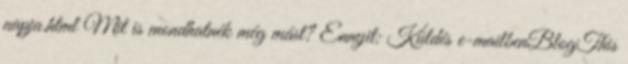
napja.html Mit is mondhatnék még mást? Ennyit: Küldés e-mailbenBlogThis